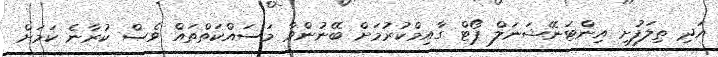
އަދި ތިލަފުށި އިންޓަނޭޝަނަލް ޕޯޓް ގާއިމްކުރުމަށް ބޭނުންވާ މަސައްކަތްތައް ވެސް ކުރާނެ ކަމަށް